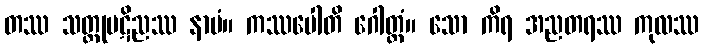
တဿ သတ္ထုပဋိညဿ နာမံ။ ကဿပေါတိ ဂေါတ္တံ။ သော ကိရ အညတရဿ ကုလဿ